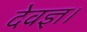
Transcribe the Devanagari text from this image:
देवज्ञ।